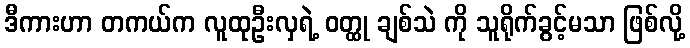
ဒီကားဟာ တကယ်က လူထုဦးလှရဲ့ ဝတ္ထု ချစ်သဲ ကို သူရိုက်ခွင့်မသာ ဖြစ်လို့